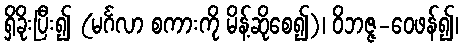
ရှိခိုးပြီး၍ (မင်္ဂလာ စကားကို မိန့်ဆိုစေ၍)၊ ဝိဘဇ္ဇ-ဝေဖန်၍၊